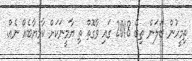
ތިމީހުން ބަލަން ތިބޭ 2018 ގައި ވާގޮތް ތި ޔާމީނަކަށް ކާމިޔާބެއް ނެއް.